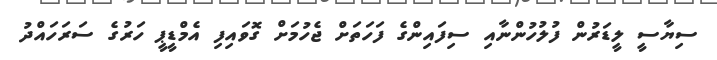
ސިޔާސީ ލީޑަރުން ފުލުހުންނާއި ސިފައިންގެ ފަހަތަށް ޖެހުމަށް ގޮވައިފި އެމްޑީޕީ ހަރުގެ ސަރަހައްދު